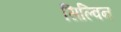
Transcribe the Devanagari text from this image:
सिल्विन